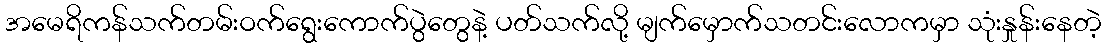
အမေရိကန်သက်တမ်းဝက်ရွေးကောက်ပွဲတွေနဲ့ ပတ်သက်လို့ မျက်မှောက်သတင်းလောကမှာ သုံးနှုန်းနေတဲ့